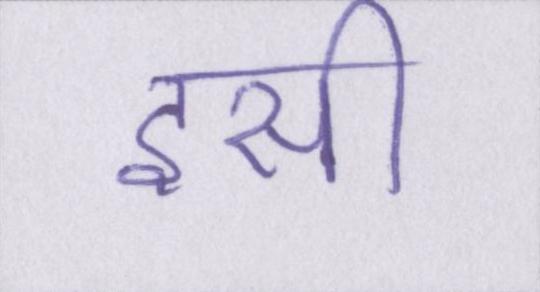
इसी